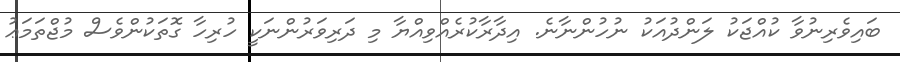
ބައިވެރިނުވާ ކުއްޖަކު ލަންދުއަކު ނުހުންނާނެ. އިދާރާކުރެއްވިއްޔާ މި ދަރިވަރުންނަކީ ހުރިހާ ގޮތަކުންވެސް މުޖްތަމަޢު